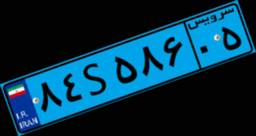
۸۴S۵۸۶۰۵